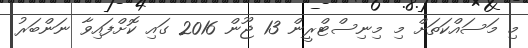
މި މަސައްކަތަށް މި މިނިސްޓްރީން 13 ޖޫން 2016 ގައި ކޮށްފައިވާ ނަންބަރު